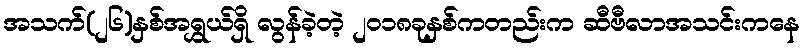
အသက်(၂၆)နှစ်အရွှယ်ရှိ လွန်ခဲ့တဲ့ ၂၀၁၈ခုနှစ်ကတည်းက ဆီဗီလာအသင်းကနေ